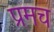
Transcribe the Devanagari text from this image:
प्रमच